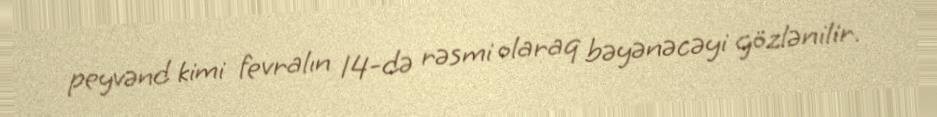
peyvənd kimi fevralın 14-də rəsmi olaraq bəyənəcəyi gözlənilir.